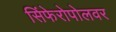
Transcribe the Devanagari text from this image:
सिंफेरोपोलवर